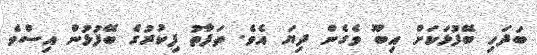
ބަދަހި ބޭފުޅަކަށް އިބޫ ވެގެން ދިޔަ އެވެ. ތަފާތު ފިކުރުގެ ބޭފުޅުން އިސްވެ